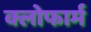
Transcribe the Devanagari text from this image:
क्लोफार्म